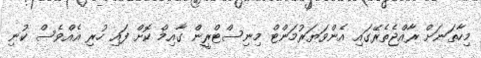
މިހާތަނަށް ރާއްޖެތެރޭގައި އެންވަޔަރުމަންޓް މިނިސްޓްރީން ގާއިމް ކޮށް ފައި ހުރި އެއްވެސް ކުނި